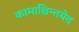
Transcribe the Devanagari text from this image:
कामाश्चिन्तयेद